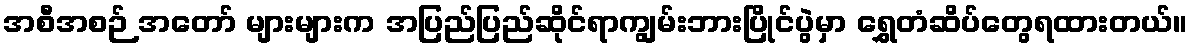
အစီအစဉ် အတော် များများက အပြည်ပြည်ဆိုင်ရာကျွမ်းဘားပြိုင်ပွဲမှာ ရွှေတံဆိပ်တွေရထားတယ်။